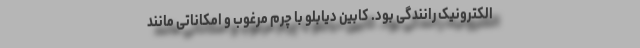
الکترونیک رانندگی بود. کابین دیابلو با چرم مرغوب و امکاناتی مانند